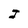
Character: J